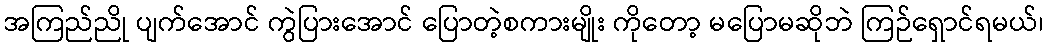
အကြည်ညို ပျက်အောင် ကွဲပြားအောင် ပြောတဲ့စကားမျိုး ကိုတော့ မပြောမဆိုဘဲ ကြဉ်ရှောင်ရမယ်၊